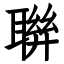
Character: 聨